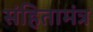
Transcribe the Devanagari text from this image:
संहितामंत्र